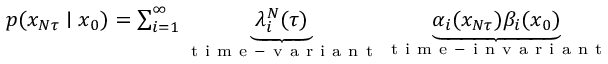
\begin{array} { r } { p ( x _ { N \tau } \mid x _ { 0 } ) = \sum _ { i = 1 } ^ { \infty } \underbrace { \lambda _ { i } ^ { N } ( \tau ) } _ { \mathrm { ~ t ~ i ~ m ~ e ~ - ~ v ~ a ~ r ~ i ~ a ~ n ~ t ~ } } \underbrace { \alpha _ { i } ( x _ { N \tau } ) \beta _ { i } ( x _ { 0 } ) } _ { \mathrm { ~ t ~ i ~ m ~ e ~ - ~ i ~ n ~ v ~ a ~ r ~ i ~ a ~ n ~ t ~ } } } \end{array}